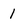
Character: 1